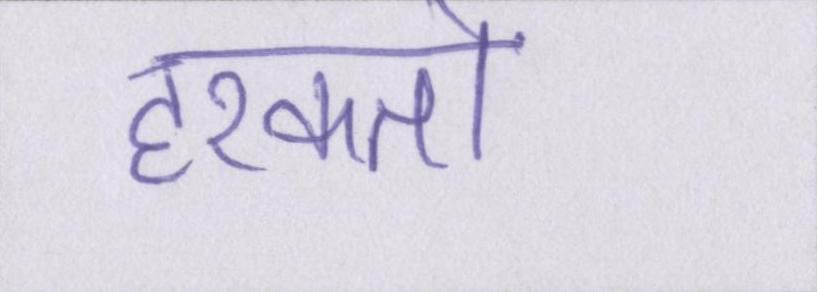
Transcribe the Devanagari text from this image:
हरकतों